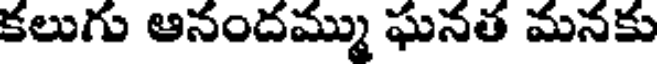
కలుగు ఆనందమ్ము ఘనత మనకు